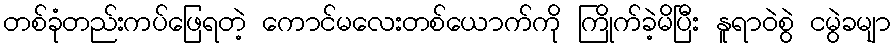
တစ်ခုံတည်းကပ်ဖြေရတဲ့ ကောင်မလေးတစ်ယောက်ကို ကြိုက်ခဲ့မိပြီး နူရာဝဲစွဲ ငမွဲခမျာ